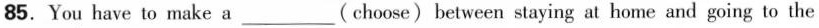
85. You have to make a ___ (choose) between staying at home and going to the